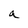
Character: a